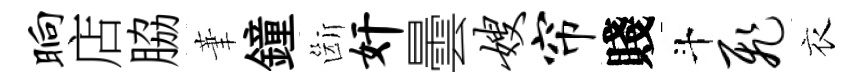
晌店脇茟鐘斷奸曇嫂帘賤斗飞衣